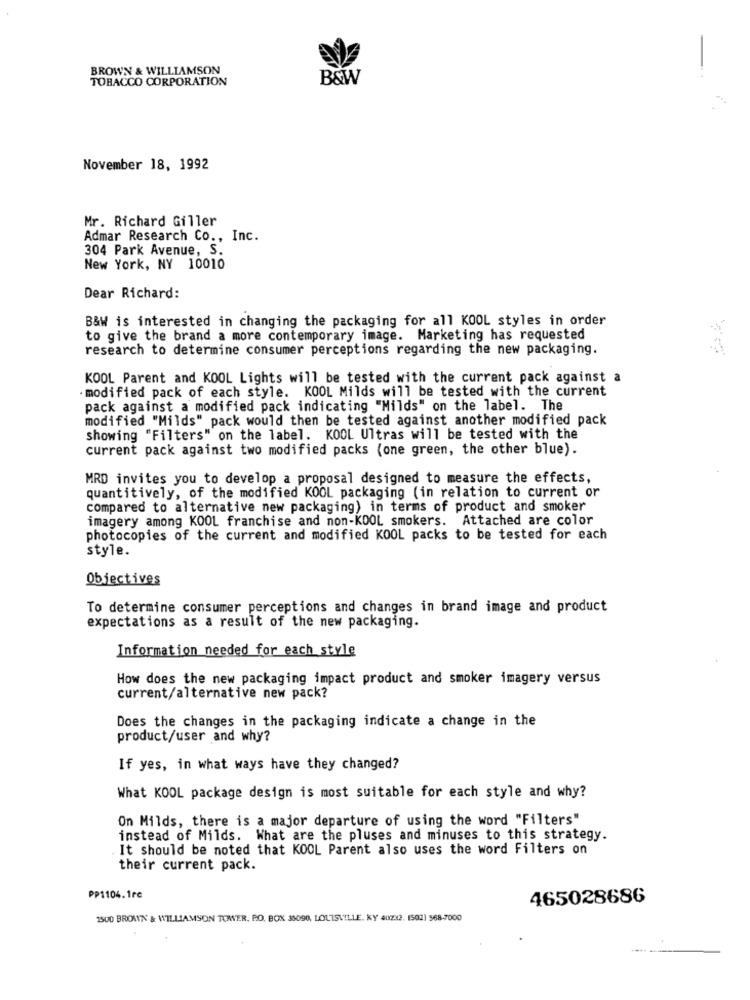
BROWN & WILLIAMSON
TOBACCO CORPORATION
B&W
November 18, 1992
Mr. Richard Giller
Admar Research Co ., Inc.
304 Park Avenue, S.
New York, NY 10010
Dear Richard:
B&W is interested in changing the packaging for all KOOL styles in order
to give the brand a more contemporary image. Marketing has requested
research to determine consumer perceptions regarding the new packaging.
KOOL Parent and KOOL Lights will be tested with the current pack against a
· modified pack of each style. KOOL Milds will be tested with the current
pack against a modified pack indicating "Milds" on the label. The
modified "Milds" pack would then be tested against another modified pack
showing "Filters" on the label. KOOL Ultras will be tested with the
current pack against two modified packs (one green, the other blue).
MRD invites you to develop a proposal designed to measure the effects,
quantitively, of the modified KOOL packaging (in relation to current or
compared to alternative new packaging) in terms of product and smoker
imagery among KOOL franchise and non-KOOL smokers. Attached are color
photocopies of the current and modified KOOL packs to be tested for each
style.
Objectives
To determine consumer perceptions and changes in brand image and product
expectations as a result of the new packaging.
Information needed for each style
How does the new packaging impact product and smoker imagery versus
current/alternative new pack?
Does the changes in the packaging indicate a change in the
product/user and why?
If yes, in what ways have they changed?
What KOOL package design is most suitable for each style and why?
On Milds, there is a major departure of using the word "Filters"
instead of Milds. What are the pluses and minuses to this strategy.
It should be noted that KOOL Parent also uses the word Filters on
their current pack.
PP1104.1rc
465028686
1500 BROWN & WILLIAMSON TOWER, PO. BOX 33090, LOUISVILLE. KY 40712. 1502) 568-7000